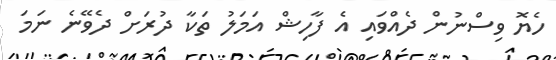
ހެޔޮ ވިސްނުން ދެއްވައި އެ ފާހިޝް އަމަލު ތަކާ ދުރަށް ދެވޭނެ ނަމަ